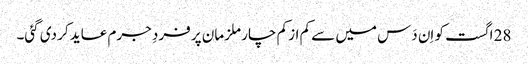
28 اگست کو اِن دَس میں سے کم از کم چار ملزمان پر فردِ جرم عاید کر دی گئی۔